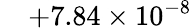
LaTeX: \phantom{00}{+7.84}\times 10^{-8}